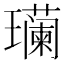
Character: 𮴹